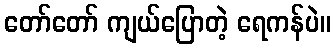
တော်တော် ကျယ်ပြောတဲ့ ရေကန်ပဲ။